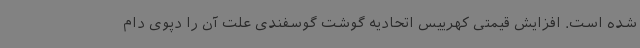
شده است. افزایش قیمتی کهرییس اتحادیه گوشت گوسفندی علت آن را دپوی دام